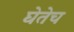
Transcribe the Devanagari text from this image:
घेतेच